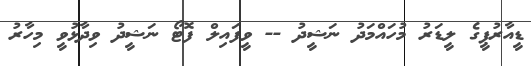
ޑީއާރުޕީގެ ލީޑަރު މުހައްމަދު ނަޝީދު -- ވީފައިލް ފޮޓޯ ނަޝީދު ވިދާޅުވީ މިހާރު